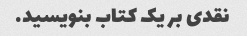
نقدی بر یک کتاب بنویسید.